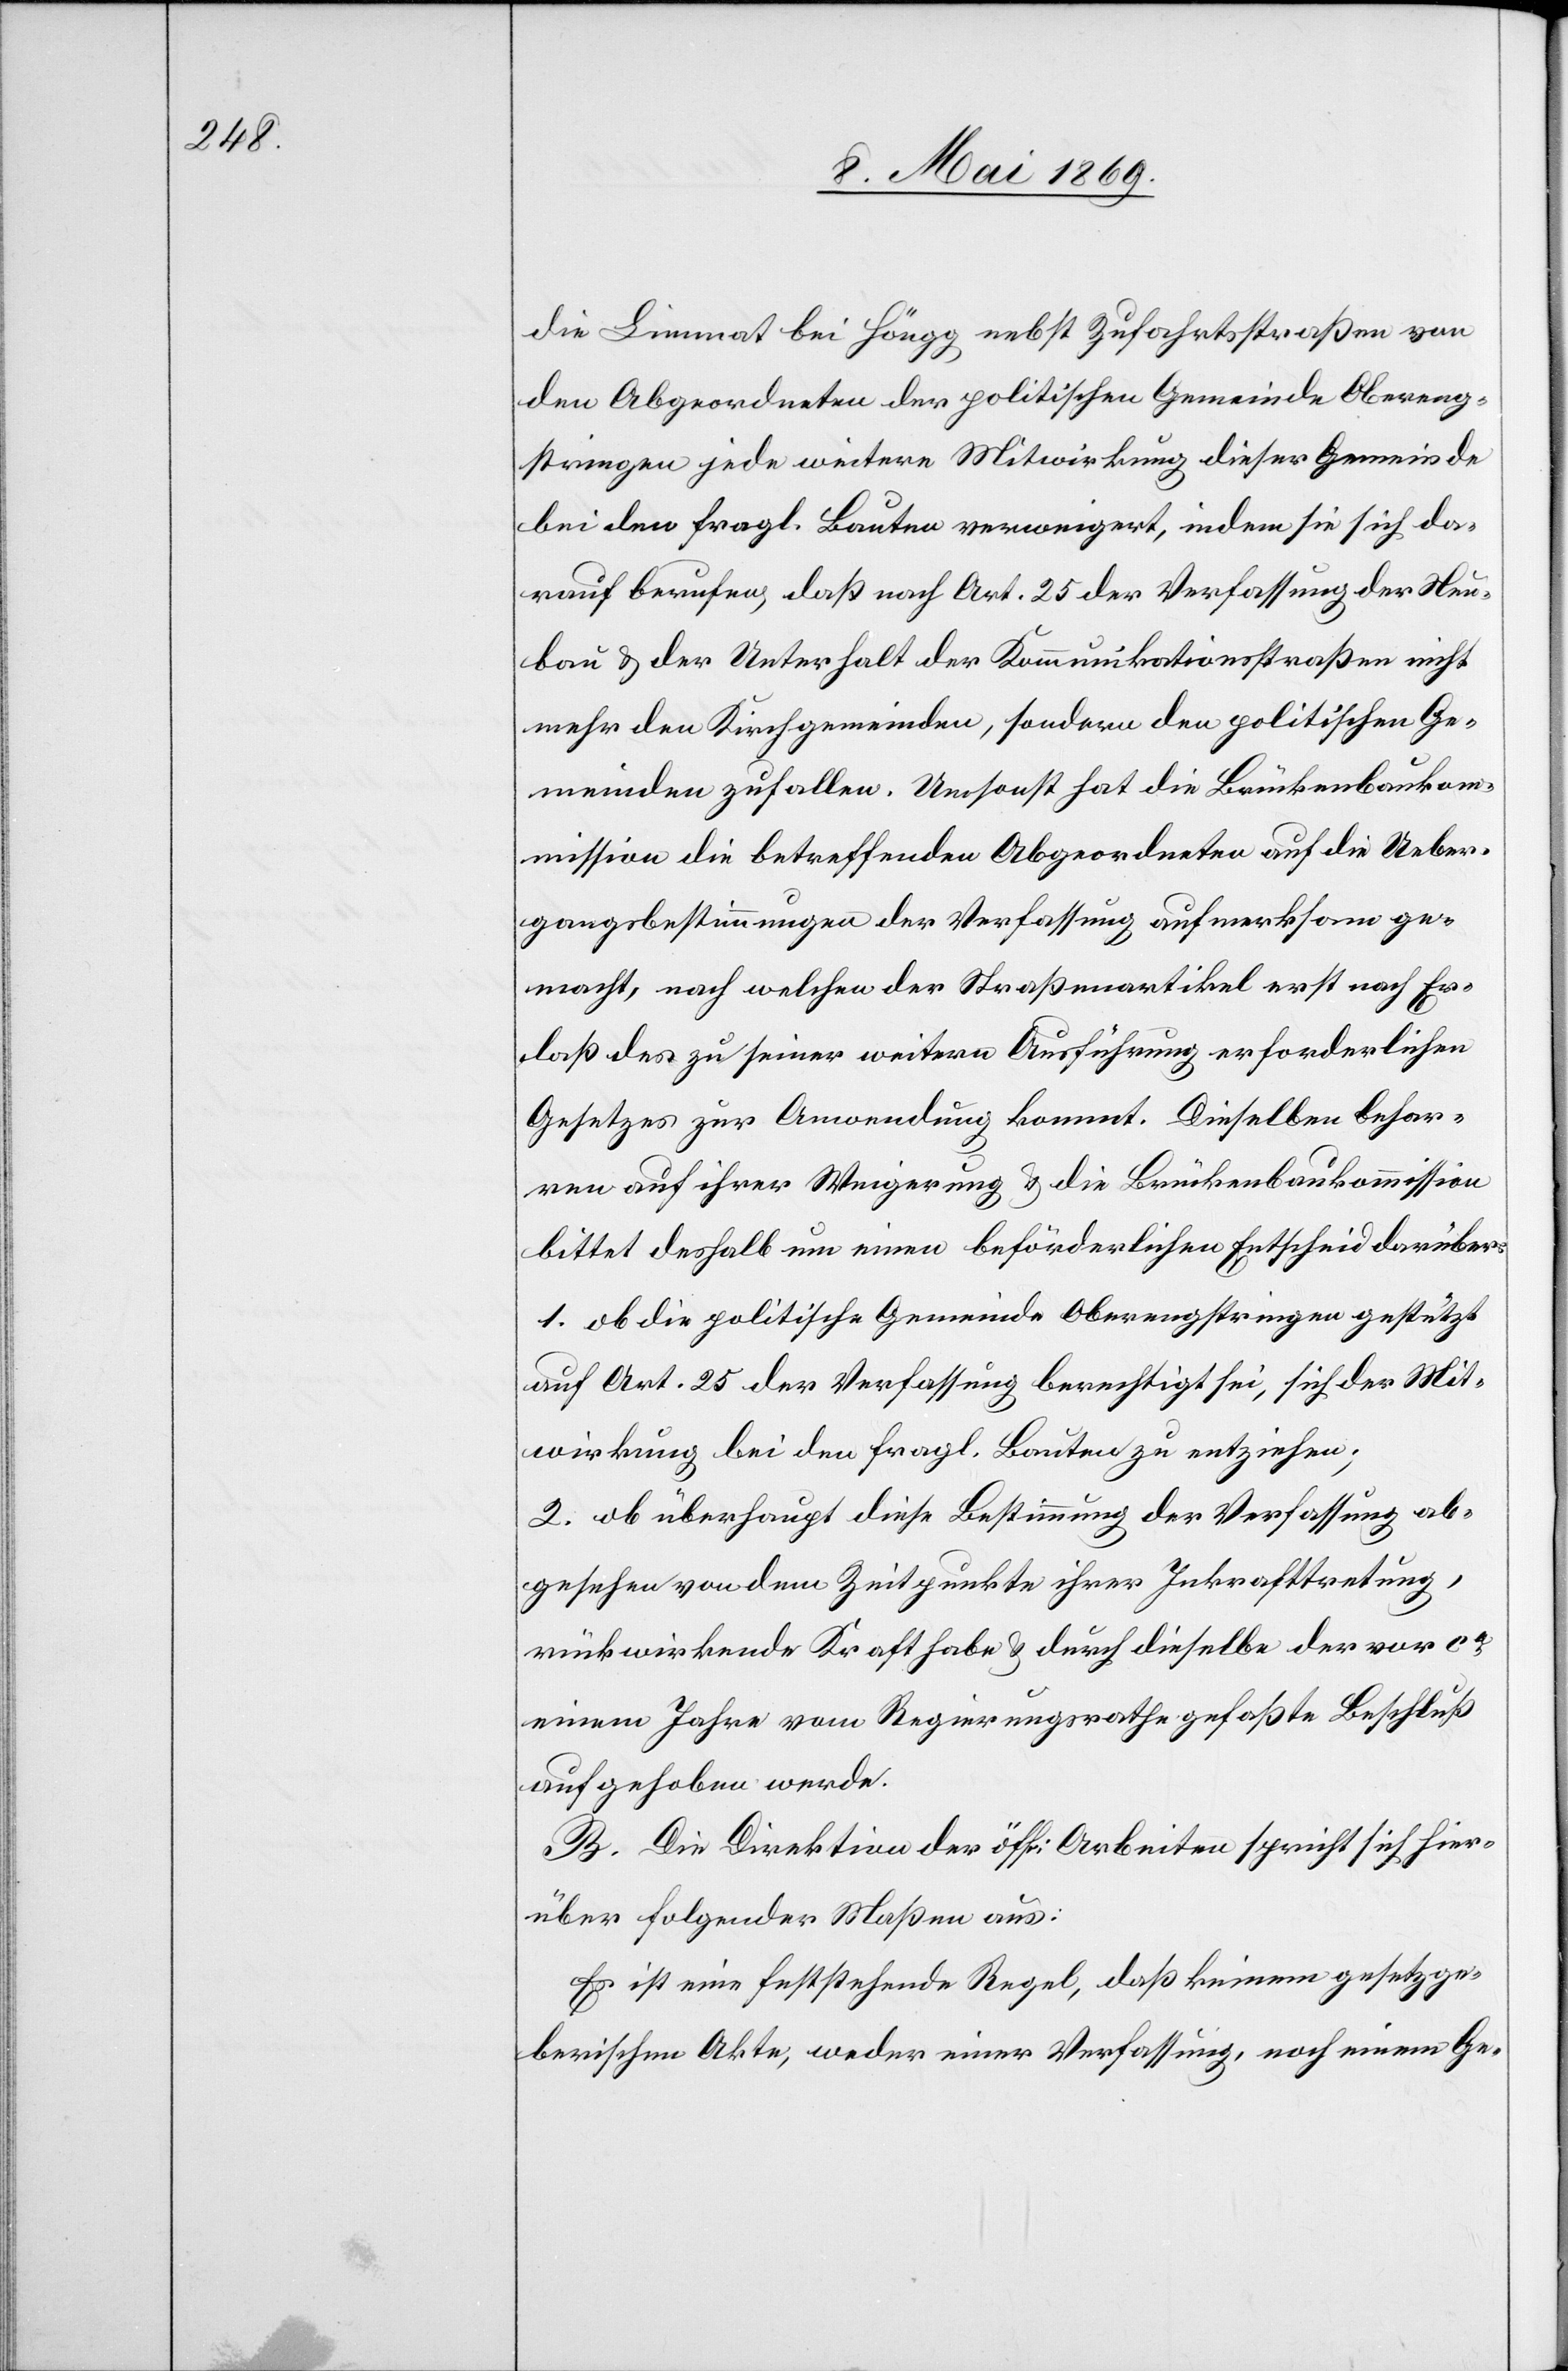
die Limmat bei Höngg nebst Zufahrtsstraße von
den Abgeordneten der politischen Gemeinde Obereng¬
stringen jede weitere Mitwirkung dieser Gemeinde
bei den fragl. Bauten verweigert, indem sie sich da¬
rauf berufen, daß nach Art. 25 der Verfassung der Neu¬
bau u. der Unterhalt der Kommunikationsstraßen nicht
mehr den Kirchgemeinden, sondern den politischen Ge¬
meinden zufallen. Umsonst hat die Brückenbauko¬
mmission die betreffenden Abgeordneten auf die Ueber¬
gangsbestimmungen der Verfassung aufmerksam ge¬
macht, nach welchen der Straßenartikel erst nach Er¬
laß des zu seiner weitern Ausführung erforderlichen
Gesetzes zur Anwendung kommt. Dieselben behar¬
ren auf ihrer Verweigerung u. die Brückenkommission
bittet deshalb um einen beförderlichen Entscheid darüber:
1. ob die politische Gemeinde Oberengstringen gestützt
auf Art. 25 der Verfassung berechtigt sei, sich der Mit¬
wirkung bei den fragl. Bauten zu entziehen;
2. ob überhaupt diese Bestimmung der Verfassung ab¬
gesehen von dem Zeitpunkte ihrer Inkrafttretung,
rückwirkende Kraft habe u. durch dieselbe der vor ca
einem Jahre vom Regierungsrathe gefaßte Beschluß
aufgehoben werde.
B. Die Direktion der öff. Arbeiten spricht sich hier¬
über folgender Maßen aus:
Es ist eine feststehende Regel, daß keinem gesetzge¬
berischen Akte, weder einer Verfassung, noch einem Ge-